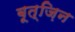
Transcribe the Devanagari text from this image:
बूत्ज़िन